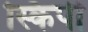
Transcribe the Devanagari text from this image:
स्किपी